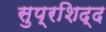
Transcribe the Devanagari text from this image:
सुप्रशिद्द